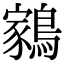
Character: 𬷬